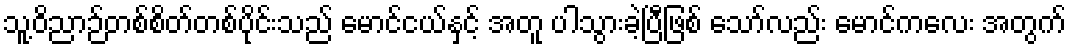
သူ့ဝိညာဉ်တစ်စိတ်တစ်ပိုင်းသည် မောင်ငယ်နှင့် အတူ ပါသွားခဲ့ပြီဖြစ် သော်လည်း မောင်ကလေး အတွက်